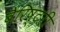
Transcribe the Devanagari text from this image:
बैरिष्टरी